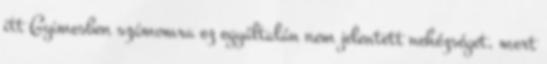
itt Gyimesben számomra ez egyáltalán nem jelentett nehézséget, mert